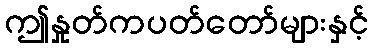
ဤနှုတ်ကပတ်တော်များနှင့်